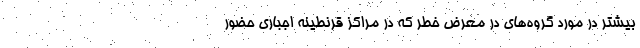
بیشتر در مورد گروه‌های در معرض خطر که در مراکز قرنطینه اجباری حضور